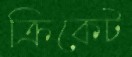
ক্রিকেট